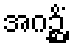
အဂဉ္ဆိံ